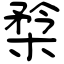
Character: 㮗